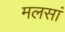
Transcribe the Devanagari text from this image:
मलसां